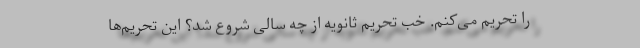
را تحریم می‌کنم. خب تحریم ثانویه از چه سالی شروع شد؟ این تحریم‌ها